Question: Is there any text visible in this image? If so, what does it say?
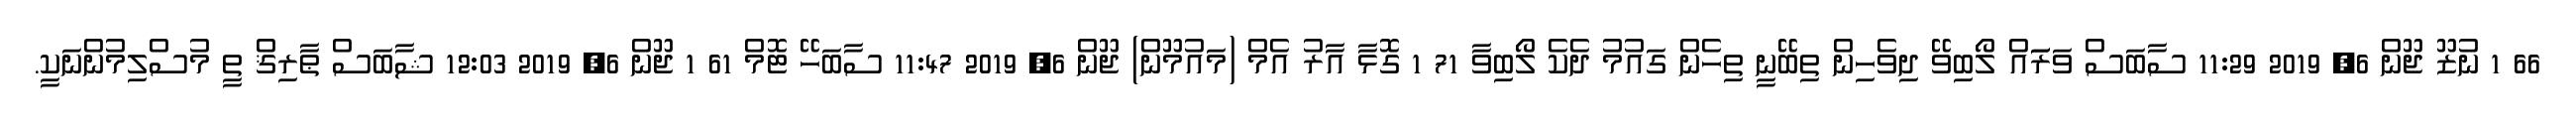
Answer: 66 1 ނުޒޫ ޖޫން 6, 2019 11:29 ސާބަސް ވަރަައް ލޯބިވޭ ދިވެހިން ތިބޭނީ ތިހެން ގައުމު ދެކެ ލޯބިވާ 71 1 ގޮޅާ އާރު އެމް (މައުމޫން) ޖޫން 6, 2019 11:47 ސާބަހޭ ޓޮމް 61 1 ޖޫން 6, 2019 12:03 ޝާބަސް ޠާރިޤް ތީ މުސްލިމުންނަކީ.